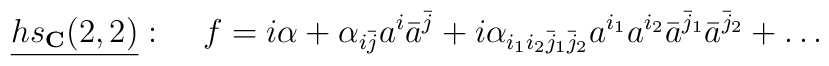
\underline{hs_{\bf C}(2,2)}:\;\;\;\;f=i\alpha+\alpha_{i\bar{j}}a^i\bar{a}^{\bar{j}}+i\alpha_{i_1i_2\bar{j}_1\bar{j}_2}a^{i_1}a^{i_2}\bar{a}^{\bar{j}_1}\bar{a}^{\bar{j}_2}+\ldots